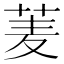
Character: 𮏀